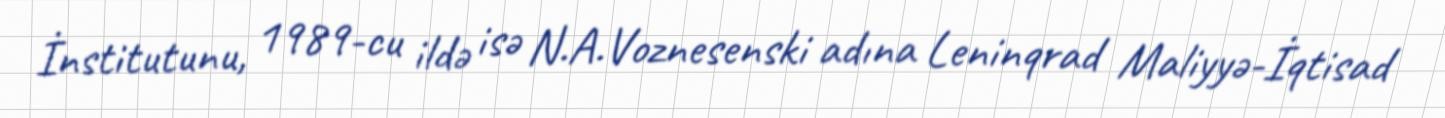
İnstitutunu, 1989-cu ildə isə N.A.Voznesenski adına Leninqrad Maliyyə-İqtisad